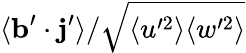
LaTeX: \langle\mathbf{b}^{\prime}\cdot\mathbf{j}^{\prime}\rangle/\sqrt{\langle u^{\prime 2}\rangle\langle w^{\prime 2}\rangle}